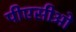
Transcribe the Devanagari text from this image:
पीएसीओ